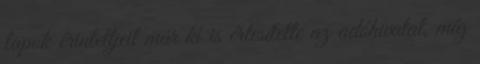
lapok érintettjeit már ki is értesítette az adóhivatal, míg